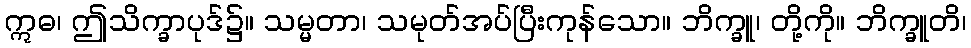
ဣဓ၊ ဤသိက္ခာပုဒ်၌။ သမ္မတာ၊ သမုတ်အပ်ပြီးကုန်သော။ ဘိက္ခူ၊ တို့ကို။ ဘိက္ခူတိ၊